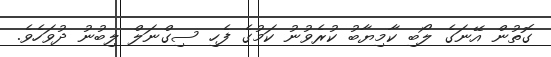
ގޮތުން އޭނަގެ ލޯބި ކާމިޔާބު ކުރެވުނު ކަމުގެ ފެހި ސިގްނަލް ލިބުނު ދުވަހެވެ.